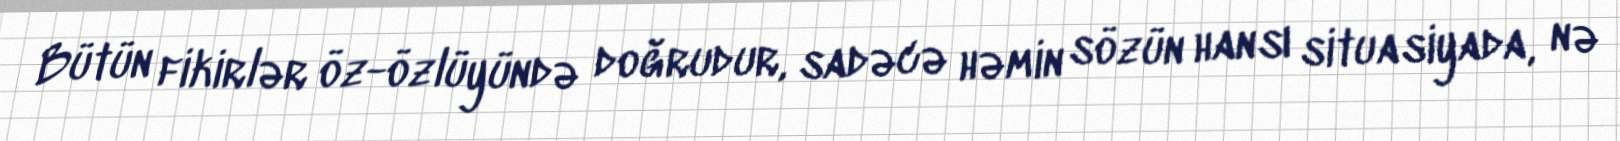
Bütün fikirlər öz-özlüyündə doğrudur, sadəcə həmin sözün hansı situasiyada, nə